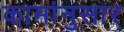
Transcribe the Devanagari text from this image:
कामांनुसार